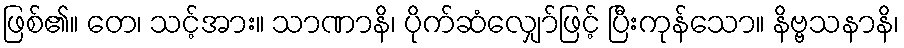
ဖြစ်၏။ တေ၊ သင့်အား။ သာဏာနိ၊ ပိုက်ဆံလျှော်ဖြင့် ပြီးကုန်သော။ နိဗ္ဗသနာနိ၊